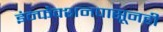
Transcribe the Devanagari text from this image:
इंन्फेक्शनपासूनही